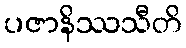
ပဇာနိဿသီတိ